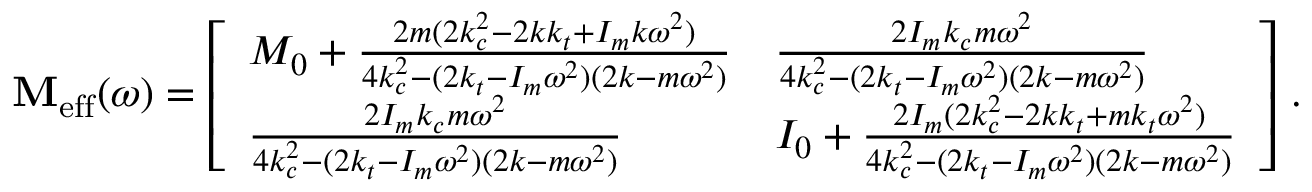
\mathbf { M } _ { \mathrm { e f f } } ( \omega ) = \left[ \begin{array} { l l } { M _ { 0 } + \frac { 2 m ( 2 k _ { c } ^ { 2 } - 2 k k _ { t } + I _ { m } k \omega ^ { 2 } ) } { 4 k _ { c } ^ { 2 } - ( 2 k _ { t } - I _ { m } \omega ^ { 2 } ) ( 2 k - m \omega ^ { 2 } ) } } & { \frac { 2 I _ { m } k _ { c } m \omega ^ { 2 } } { 4 k _ { c } ^ { 2 } - ( 2 k _ { t } - I _ { m } \omega ^ { 2 } ) ( 2 k - m \omega ^ { 2 } ) } } \\ { \frac { 2 I _ { m } k _ { c } m \omega ^ { 2 } } { 4 k _ { c } ^ { 2 } - ( 2 k _ { t } - I _ { m } \omega ^ { 2 } ) ( 2 k - m \omega ^ { 2 } ) } } & { I _ { 0 } + \frac { 2 I _ { m } ( 2 k _ { c } ^ { 2 } - 2 k k _ { t } + m k _ { t } \omega ^ { 2 } ) } { 4 k _ { c } ^ { 2 } - ( 2 k _ { t } - I _ { m } \omega ^ { 2 } ) ( 2 k - m \omega ^ { 2 } ) } } \end{array} \right] \, .